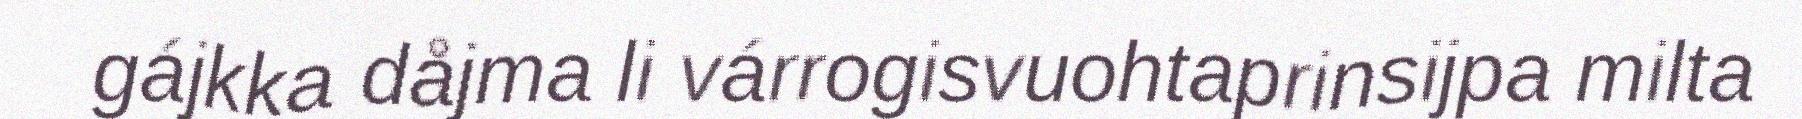
gájkka dåjma li várrogisvuohtaprinsijpa milta